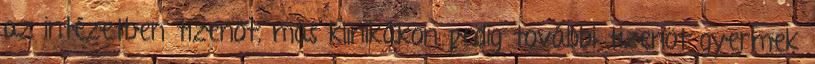
az intézetben tizenöt, más klinikákon pedig további tizenöt gyermek